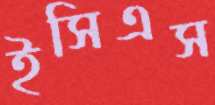
ইসিএস